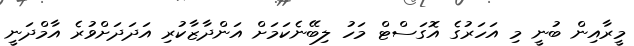
މީރާއިން ބުނީ މި އަހަރުގެ އޮގަސްޓް މަހު ލިބޭނެކަމަށް އަންދާޒާކުރި އަދަދަށްވުރެ އާމްދަނީ